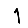
Digit: 1